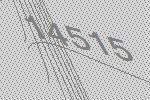
14515